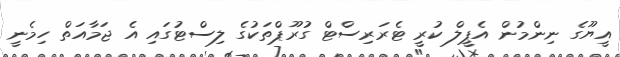
އީޔޫގެ ނިންމުން އެޕީލް ކުރީ ޓެރަރިސްޓް ގުރޫޕްތަކުގެ ލިސްޓުގައި އެ ޖަމާއަަތް ހިމެނީ